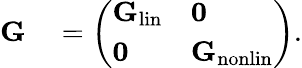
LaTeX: \begin{array}{rl}{{\mathbf G}}&{{}=\left(\begin{array}{ll}{{\mathbf G}_{\mathrm{lin}}}&{{\mathbf 0}}\\ {{\mathbf 0}}&{{\mathbf G}_{\mathrm{nonlin}}}\end{array}\right).}\end{array}